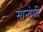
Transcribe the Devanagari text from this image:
सानोफी